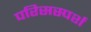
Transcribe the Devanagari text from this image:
परिसस्पर्श